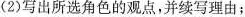
(2)写出所选角色的观点，并续写理由；